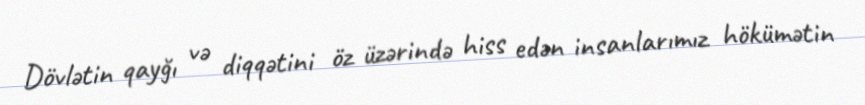
Dövlətin qayğı və diqqətini öz üzərində hiss edən insanlarımız hökümətin